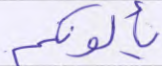
يألونكم